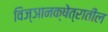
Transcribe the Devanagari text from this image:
विज्ञानक्षेत्रातील